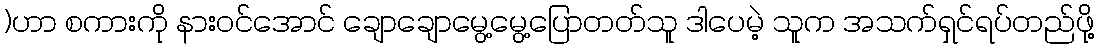
)ဟာ စကားကို နားဝင်အောင် ချောချောမွေ့မွေ့ပြောတတ်သူ ဒါပေမဲ့ သူက အသက်ရှင်ရပ်တည်ဖို့